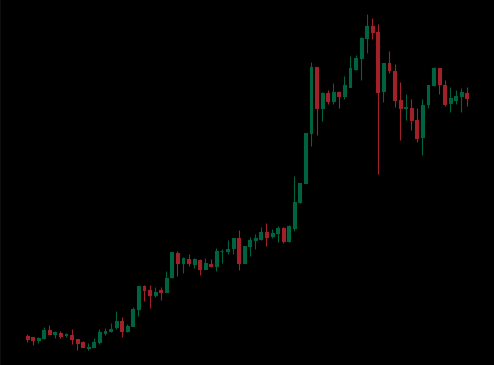
Pattern: unclassified